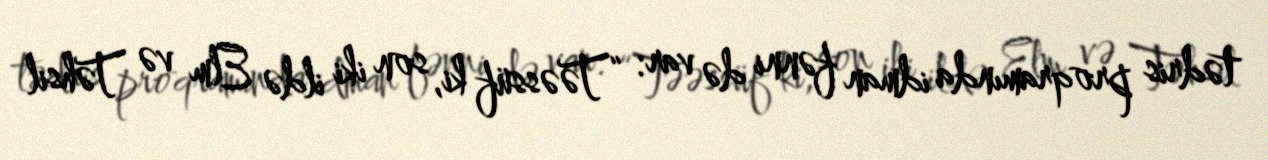
tədris proqramında idman fənni də var: “Təəssüf ki, son iki ildə Elm və Təhsil